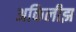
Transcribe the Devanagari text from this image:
अकिलीझ